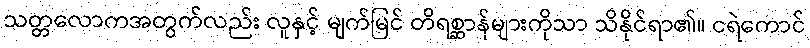
သတ္တလောကအတွက်လည်း လူနှင့် မျက်မြင် တိရစ္ဆာန်များကိုသာ သိနိုင်ရာ၏။ ငရဲကောင်